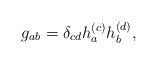
LaTeX: \begin{align*}g_{ab}=\delta _{cd}h_a^{(c)}h_b^{(d)}, \end{align*}